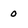
Character: o